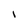
Character: I